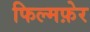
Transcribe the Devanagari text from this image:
फिल्मफ़ेर